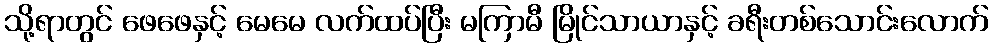
သို့ရာတွင် ဖေဖေနှင့် မေမေ လက်ထပ်ပြီး မကြာမီ မြိုင်သာယာနှင့် ခရီးတစ်သောင်းလောက်